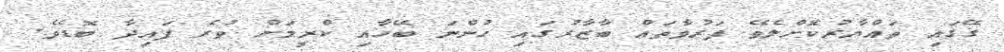
ގޭގައި ތައްޔާރުކޮށްލެވޭ ފަރުވާތައް ބާޒާރުގައި ހުންނަ ބޭހާއި ކްރީމަށް ވުރެ ފައިދާ ބޮޑެވެ.